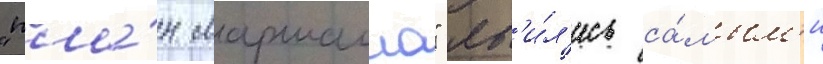
"пла́н маршалла" яв'и́л'ись са́мым'и